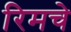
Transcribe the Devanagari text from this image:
रिमचे